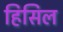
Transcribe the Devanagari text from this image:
हिसिल